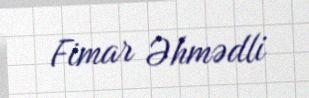
Fimar Əhmədli